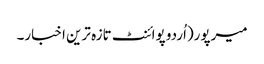
میرپور(اُردو پوائنٹ تازہ ترین اخبار۔